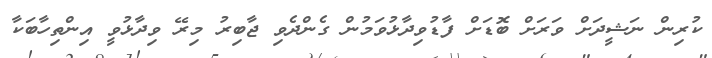
ކުރިން ނަޝީދަށް ވަރަށް ބޮޑަށް ފާޑުވިދާޅުވަމުން ގެންދެވި ޖާބިރު މިރޭ ވިދާޅުވީ އިންތިހާބަކާ